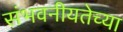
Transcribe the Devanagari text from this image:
संभवनीयतेच्या